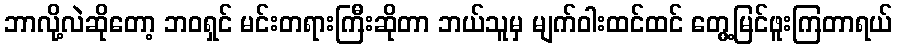
ဘာလို့လဲဆိုတော့ ဘဝရှင် မင်းတရားကြီးဆိုတာ ဘယ်သူမှ မျက်ဝါးထင်ထင် တွေ့မြင်ဖူးကြတာရယ်